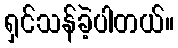
ရှင်သန်ခဲ့ပါတယ်။